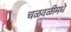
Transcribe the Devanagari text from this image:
चळवळीमधे